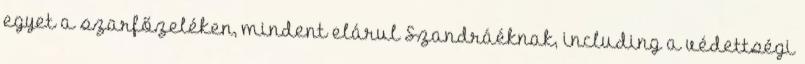
egyet a szarfőzeléken, mindent elárul Szandráéknak, including a védettségi